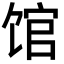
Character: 馆